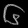
Digit: ၆